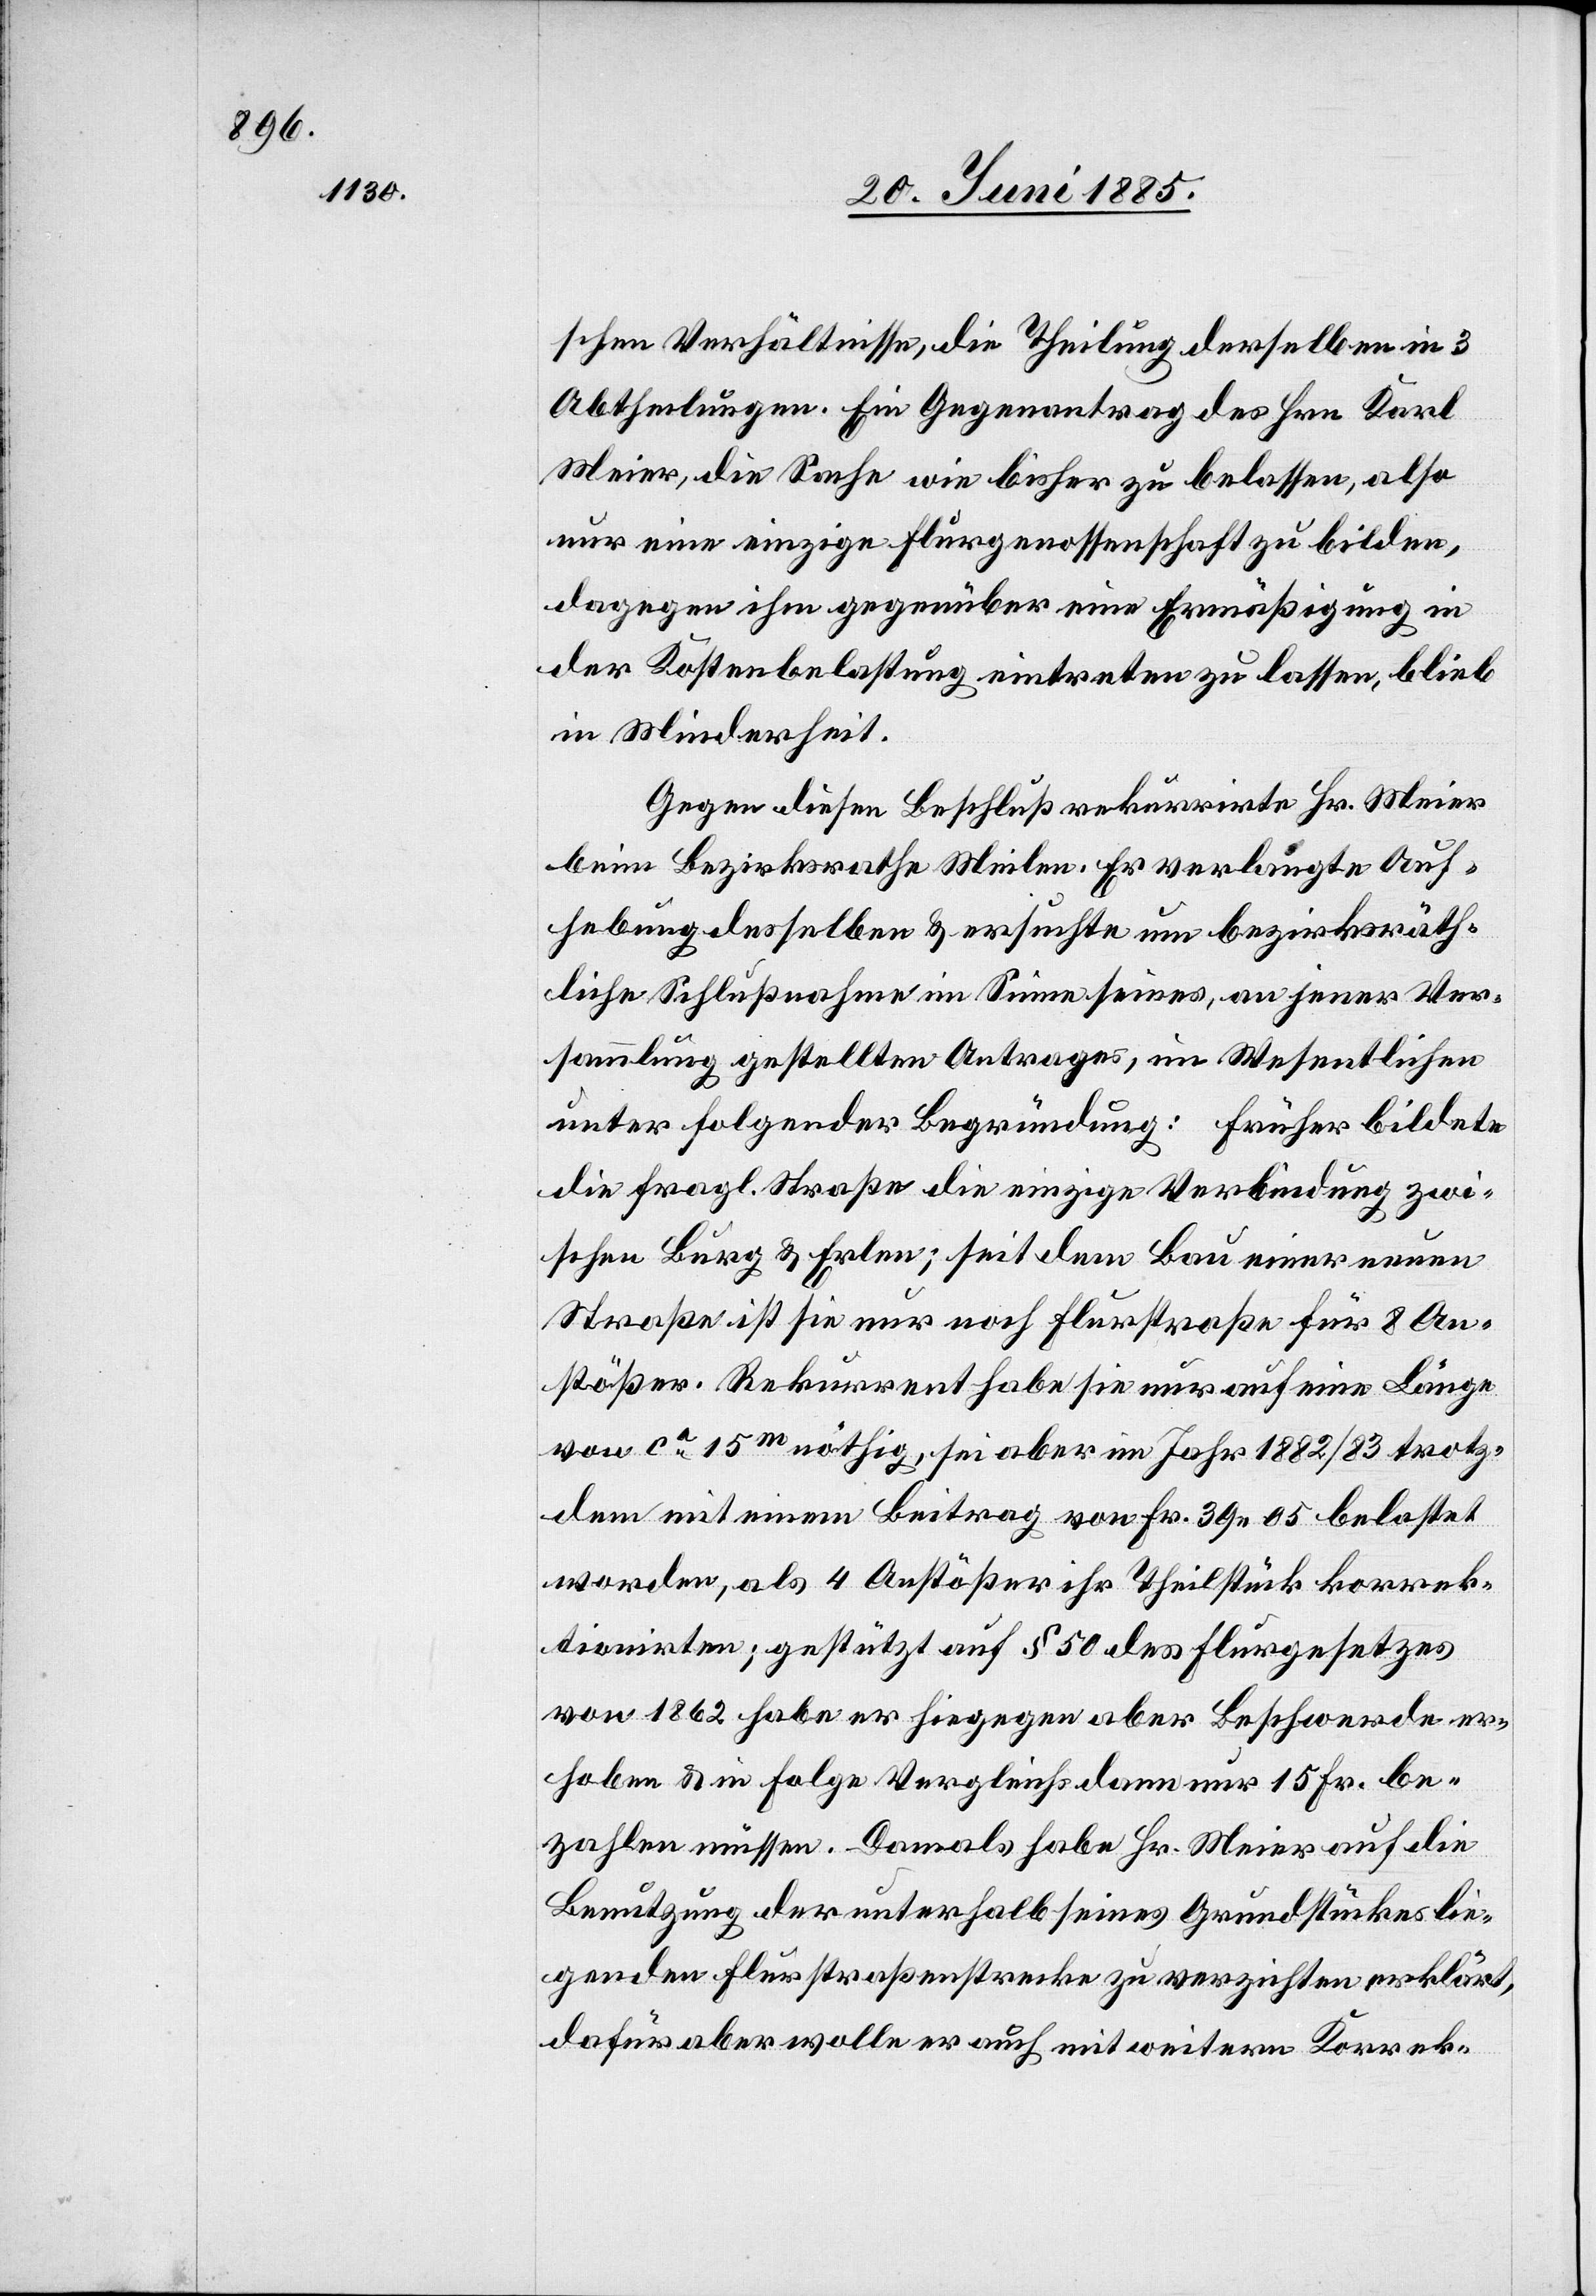
schen Verhältnisse, die Theilung derselben in 3
Abtheilungen. Ein Gegenantrag des Hrn. Karl
Meier, die Sache wie bisher zu belassen, also
nur eine einzige Flurgenossenschaft zu bilden,
dagegen ihm gegenüber eine Ermäßigung in
der Kostenbelastung eintreten zu lassen, blieb
in Minderheit.
Gegen diesen Beschluß rekurrirte Hr. Meier
beim Bezirksrathe Meilen. Er verlangte Auf¬
hebung desselben & ersuchte um bezirksräth¬
liche Schlußnahme im Sinne seines, an jener Ver¬
sammlung gestellten Antrages, im Wesentlichen
unter folgender Begründung: früher bildete
die fragl. Straße die einzige Verbindung zwi¬
schen Burg & Erlen; seit dem Bau einer neuen
Straße ist sie nur noch Flurstraße für 8 An¬
stößer. Rekurrent habe sie nur auf eine Länge
von ca 15 m nöthig, sei aber im Jahr 1882/83 trotz¬
dem mit einem Beitrag von Fr. 39 05 belastet
worden, als 4 Anstößer ihr Theilstück korrek¬
tionirten; gestützt auf § 50 des Flurgesetzes
von 1862 habe er hiegegen aber Beschwerde er¬
hoben & in Folge Vergleichs dann nur 15 Fr. be¬
zahlen müssen. Damals habe Hr. Meier auf die
Benutzung der unterhalb seines Grundstückes lie¬
genden Flurstraßenstrecke zu verzichten erklärt,
dafür aber wolle er auch mit weitern Korrek-